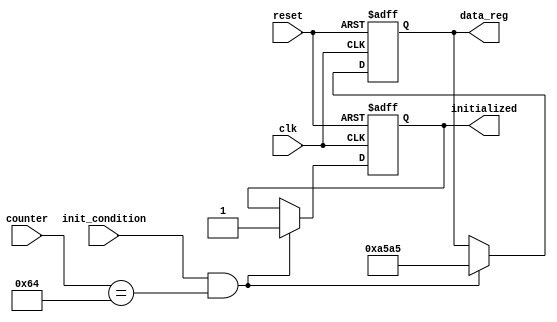
module conditional_initialization (
    input wire clk,                // Clock signal
    input wire reset,              // Asynchronous reset signal
    input wire init_condition,      // Control signal for initialization
    input wire [7:0] counter,      // Example variable for condition checking
    output reg [15:0] data_reg,    // Register to be initialized
    output reg initialized         // Flag to indicate if initialization has occurred
);

    // Predefined initialization values
    parameter [15:0] INIT_VALUE = 16'hA5A5; // Example initialization value

    // Synchronous initialization process
    always @(posedge clk or posedge reset) begin
        if (reset) begin
            // Reset condition: initialize registers
            data_reg <= INIT_VALUE;
            initialized <= 1'b1; // Set initialized flag
        end else if (init_condition && (counter == 8'd100)) begin
            // Conditional initialization based on control signal and counter value
            data_reg <= INIT_VALUE;
            initialized <= 1'b1; // Set initialized flag
        end else begin
            // Retain current values if conditions are not met
            initialized <= initialized; // Keep the initialized flag unchanged
        end
    end

endmodule